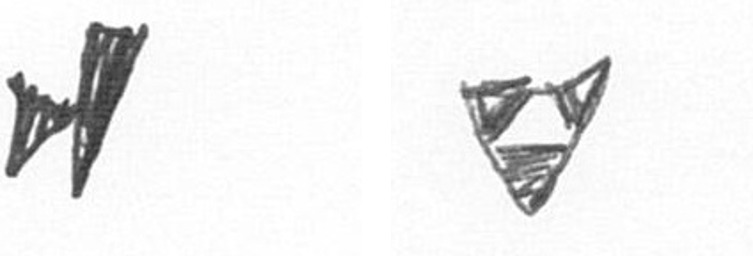
M S